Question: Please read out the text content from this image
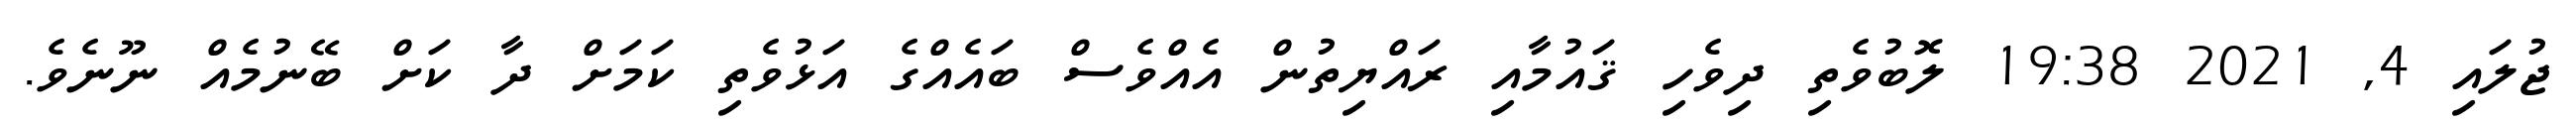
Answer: ޖުލައި 4, 2021 19:38 ލޮބުވެތި ދިވެހި ޤައުމާއި ރައްޔިތުން އެއްވެސް ބައެއްގެ އަޅުވެތި ކަމަށް ދާ ކަށް ބޭނުމެއް ނޫނެވެ.